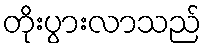
တိုးပွားလာသည်